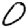
Digit: 0